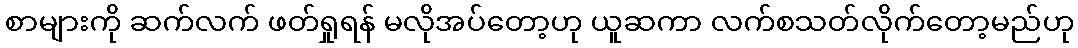
စာများကို ဆက်လက် ဖတ်ရှုရန် မလိုအပ်တော့ဟု ယူဆကာ လက်စသတ်လိုက်တော့မည်ဟု